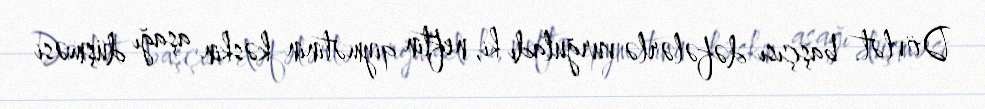
Dövlət başçısı dəfələrlə vurğuladı ki, neftin qiymətinin kəskin aşağı düşməsi